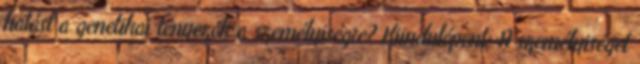
hatást a genetikai tényezők a személyiségre? Kiindulópont: A személyiséget